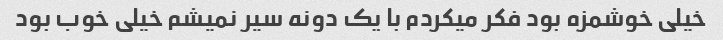
خیلی خوشمزه بود فکر میکردم با یک دونه سیر نمیشم خیلی خوب بود